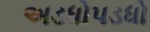
અડધોપડધો